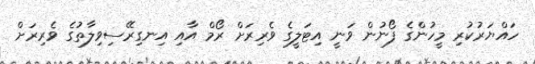
ހައްޔަރުކުރި މީހުންގެ ފޯނުން ވަނީ އިޓަލީގެ ވެރިރަށް ރޯމް އާއި އިނގިރޭސިވިލާތުގެ ވެރިރަށް